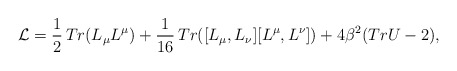
\begin{align*}{\cal L} = \frac{1}{2}\, Tr(L_{\mu} L^{\mu}) + \frac{1}{16}\, Tr([L_{\mu}, L_{\nu}][L^{\mu}, L^{\nu}]) + 4 \beta^{2} (TrU -2), \end{align*}